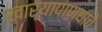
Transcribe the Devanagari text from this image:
खार्‍यापाण्याचे